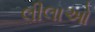
લીલાઓ